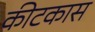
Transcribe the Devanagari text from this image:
कीटकास